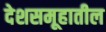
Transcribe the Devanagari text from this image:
देशसमूहातील